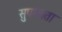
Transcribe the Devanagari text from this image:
सुपठ्यता